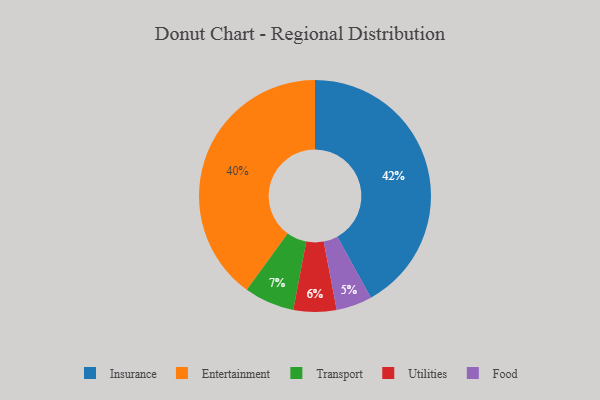
{"axis": {"x": "Category", "y": "Percentage"}, "legend": ["Entertainment", "Food", "Insurance", "Transport", "Utilities"], "data": [{"x": "Utilities", "y": 6, "type": "Utilities"}, {"x": "Entertainment", "y": 40, "type": "Entertainment"}, {"x": "Insurance", "y": 42, "type": "Insurance"}, {"x": "Transport", "y": 7, "type": "Transport"}, {"x": "Food", "y": 5, "type": "Food"}]}